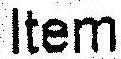
ITEM